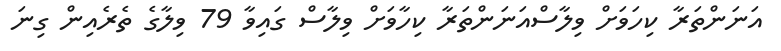
އަނަންތަރާ ކިހަވަށް ވިލާސްއަނަންތަރާ ކިހާވަށް ވިލާސް ގައިވާ 79 ވިލާގެ ތެރެއިން ގިނަ